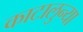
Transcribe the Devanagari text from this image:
काटालुन्या